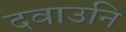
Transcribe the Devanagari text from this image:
दवाउनि